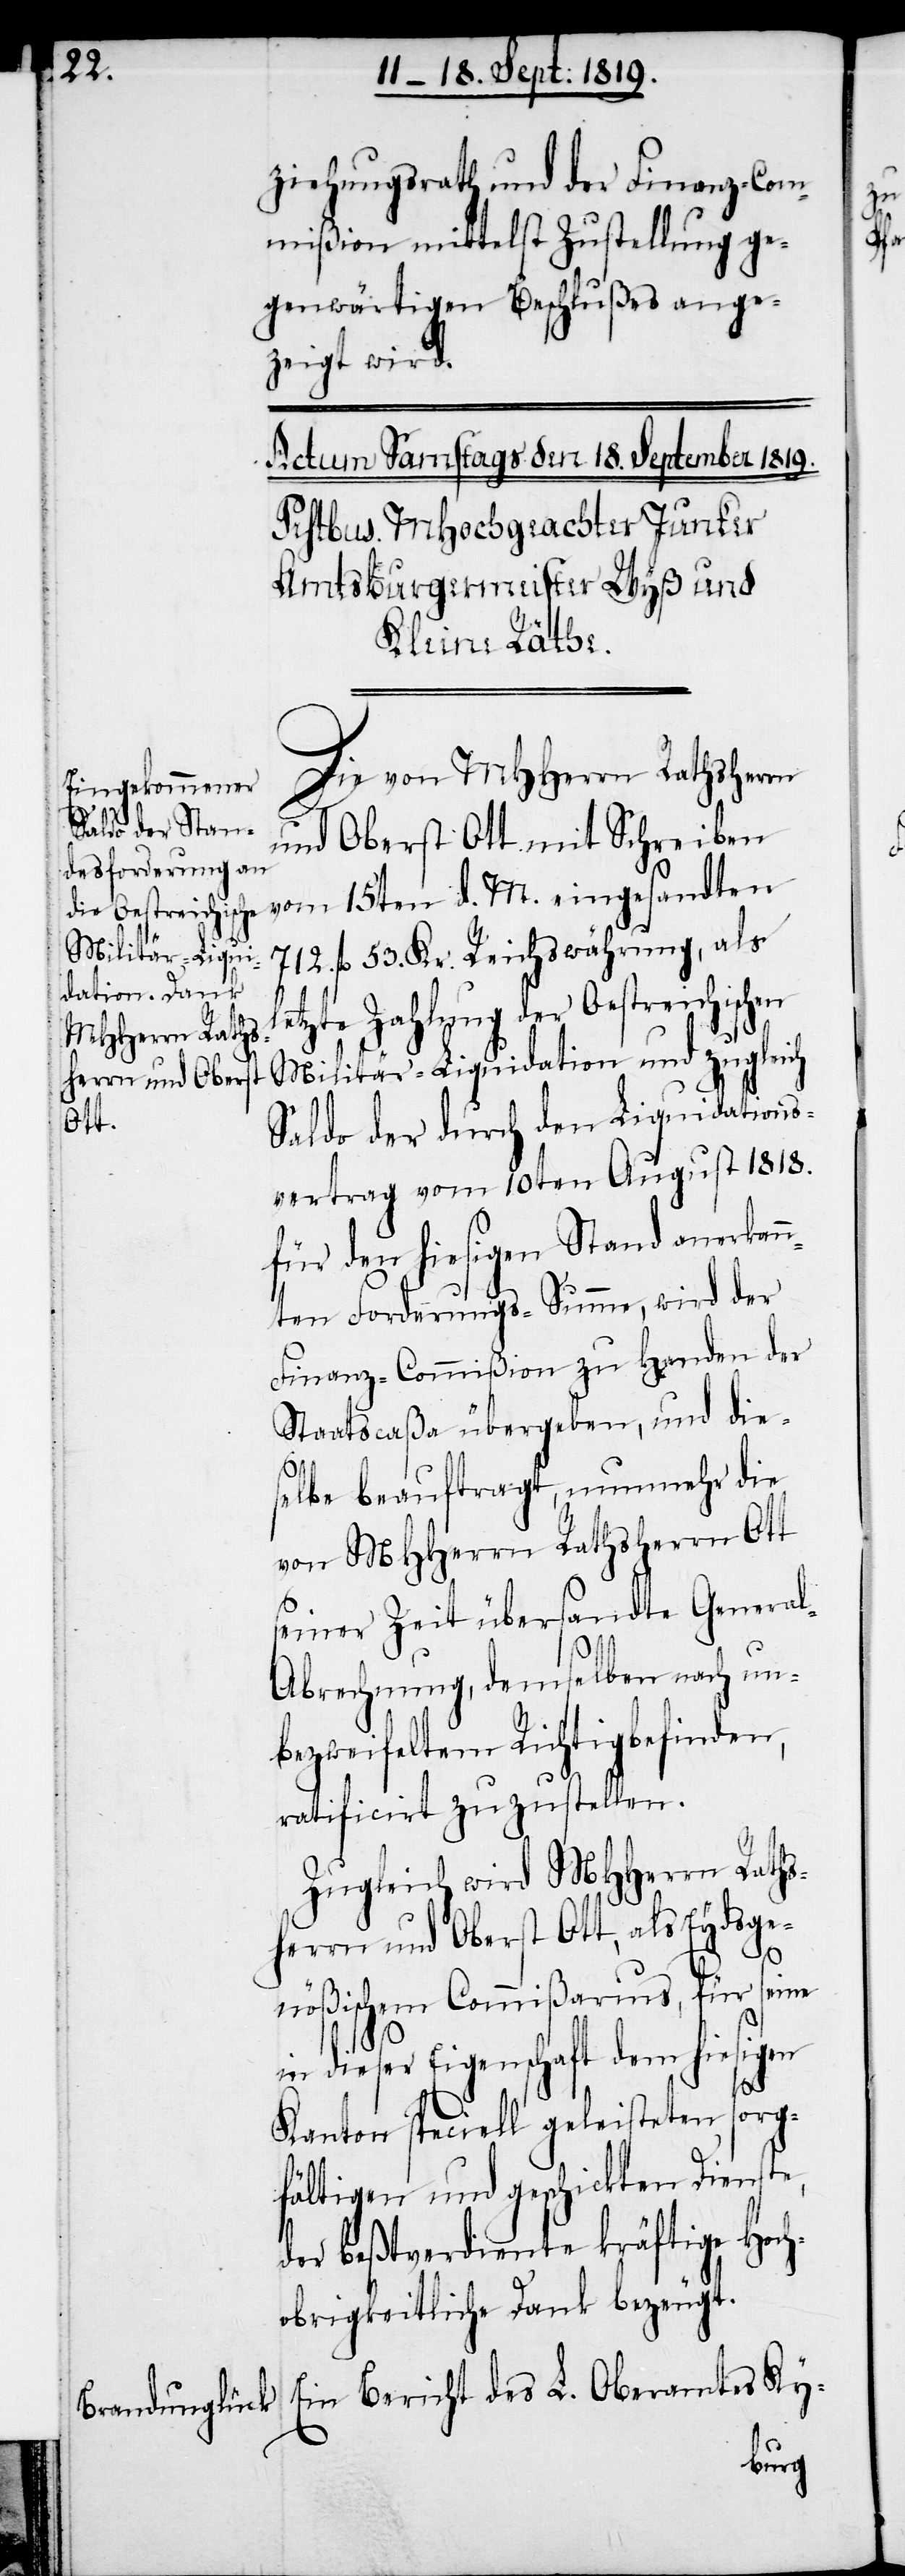
ziehungsrath und der Finanz-Com¬
mißion mittelst Zustellung ge¬
genwärtigen Beschlußes ange¬
zeigt wird.
Die von MHHerrn Rathsherrn
und Oberst Ott mit Schreiben
vom 15ten d. M. eingesandten
712. fl. 53. Kr. Reichswährung, als
etzte Zahlung der Oestreichischen
Militär-Liquidation und zugleich
Saldo der durch den Liquidations¬
vertrag vom 10ten August 1818.
für den hiesigen Stand anerkan¬
nten Forderungs-Summe, wird der
Finanz-Commißion zu Handen der
Staatscaßa übergeben, und die¬
l¬
selbe beauftragt, nunmehr die
von MHHerrn Rathsherrn Ott
seiner Zeit übersandte Genera¬
l-Abrechnung, demselben nach un¬
bezweifeltem Richtigbefinden,
ratificirt zuzustellen.
Zugleich wird MHHerrn Raths¬
herrn und Oberst Ott, als Eydsge¬
nößischem Commißarius, für seine
in dieser Eigenschaft dem hiesigen
Kanton speciell geleisteten sorg¬
fältigen und geschickten Dienste,
der beßtverdiente kräftige Hoch¬
obrigkeitliche Dank bezeugt.
Ein Bericht des L. Oberamtes Ky-